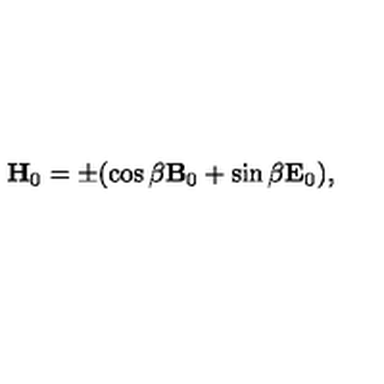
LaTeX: { \bf H } _ { 0 } = \pm ( \cos \beta { \bf B } _ { 0 } + \sin \beta { \bf E } _ { 0 } ) ,